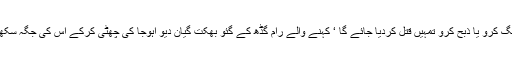
اس نے اس بار ’ گائے کی اسمگلنگ کرو یا ذبح کرو تمہیں قتل کردیا جائے گا ‘ کہنے والے رام گڈھ کے گئو بھکت گیان دیو اہوجا کی چھٹی کرکے اس کی جگہ سکھونت سنگھ کو میدان میں اتارا ہے۔